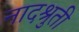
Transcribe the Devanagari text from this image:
नादश्रुती